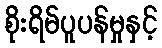
စိုးရိမ်ပူပန်မှုနှင့်